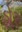
હોર